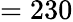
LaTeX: =230